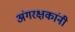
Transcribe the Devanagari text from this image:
अंगरक्षकांनी